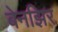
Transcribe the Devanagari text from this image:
बेनझिर